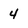
Character: 4